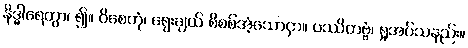
နိဒ္ဓါရေတွာ၊ ၍။ ဝိစေတုံ၊ ရွေးချယ် စိစစ်အံ့သောငှာ။ ပဿိတဗ္ဗံ၊ ရှုအပ်သနည်း။